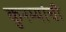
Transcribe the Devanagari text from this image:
कुरम्यांची